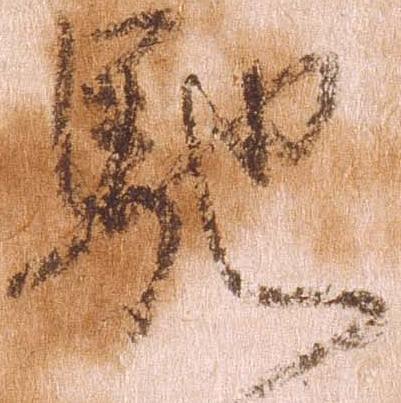
馳